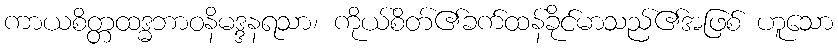
ကာယစိတ္တထဒ္ဓဘာဝနိမဒ္ဒနရသာ၊ ကိုယ်စိတ်၏ခက်ထန်ခိုင်မာသည်၏အဖြစ် ဟူသော